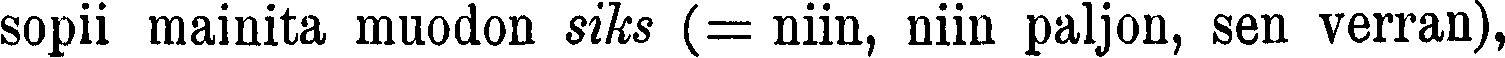
sopii mainita muodon siks (= niin, niin paljon, sen verran),